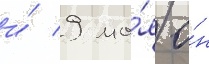
и́ 9 ма́я о́н